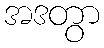
အဒတွာ